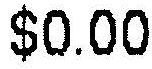
$0.00